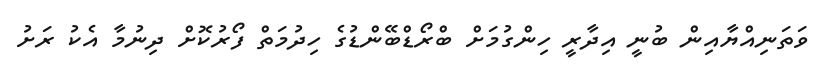
ވަތަނިއްޔާއިން ބުނީ އިދާރީ ހިންގުމަށް ބްރޯޑްބޭންޑުގެ ހިދުމަތް ފޯރުކޮށް ދިނުމާ އެކު ރަށު